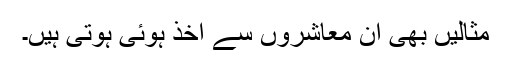
مثالیں بھی ان معاشروں سے اخذ ہوئی ہوتی ہیں۔